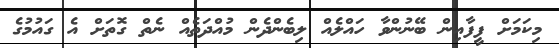
މިކަމަށް ފީފާއިން ބޭނުންވާ ހައްލެއް ލިބެންދެން މުއްދަތެއް ނެތް ގޮތަށް އެ ގައުމުގެ